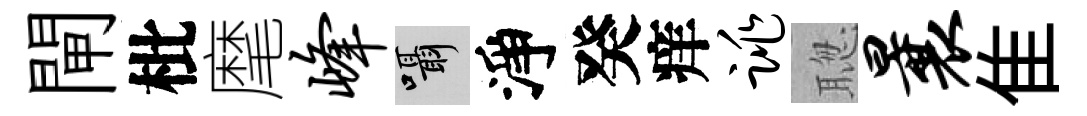
閘枇麾峰囁淨癸痒跳聦曩隹